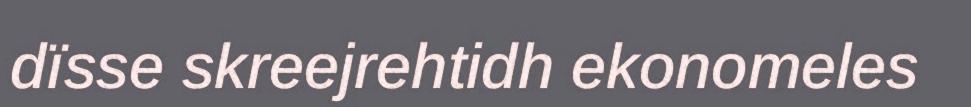
dïsse skreejrehtidh ekonomeles